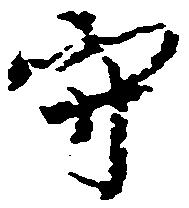
守